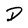
Character: D